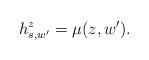
LaTeX: \begin{align*} h_{s,w'}^{z} = \mu(z,w').\end{align*}